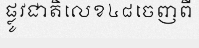
ផ្លូវជាតិលេខ៤៨ចេញពី